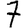
Digit: 7